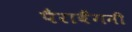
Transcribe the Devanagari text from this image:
पैराबैंगनी